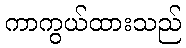
ကာကွယ်ထားသည်